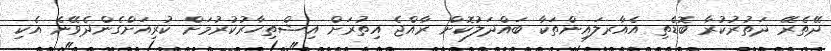
ދޭތެރޭ ދަތުރުކުރާ ބޮޑެތި އެއާރލައިންތަކާ ބައްދަލުކޮށް ރާއްޖެ އިތުރަށް އިޝްތިހާރުކުރުމަށް ކުރިއަށްގެންދެވޭނެ އެކި